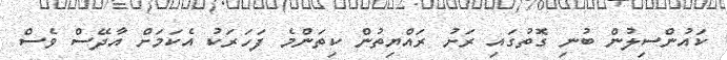
ކައުންސިލުން ބުނި ގޮތުގައި ރަށު ރައްޔިތުން ކިތަންމެ ފަހަރަކު އެކަމަށް އާދޭސް ވެސް